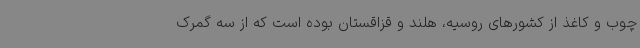
چوب و کاغذ از کشورهای روسیه، هلند و قزاقستان بوده است که از سه گمرک